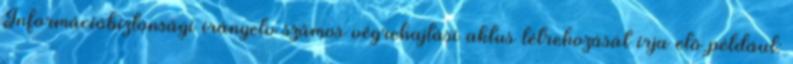
Információbiztonsági irányelv számos végrehajtási aktus létrehozását írja elő például: